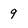
Character: 9